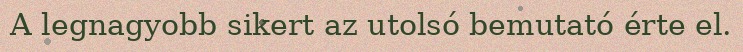
A legnagyobb sikert az utolsó bemutató érte el.